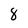
Character: 8